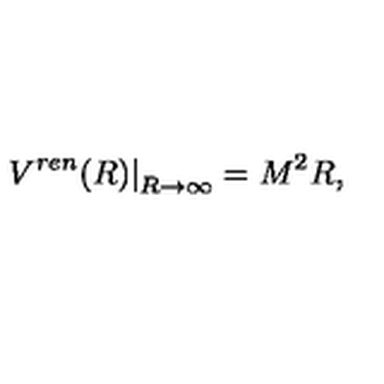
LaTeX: \left. V ^ { r e n } ( R ) \right| _ { R \to \infty } = M ^ { 2 } R ,